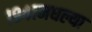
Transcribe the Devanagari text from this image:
१९४१मधल्या